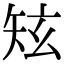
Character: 𥎸